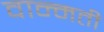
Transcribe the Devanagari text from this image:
वान्मती